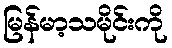
မြန်မာ့သမိုင်းကို